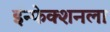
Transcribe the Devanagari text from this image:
इंन्फेक्शनला